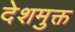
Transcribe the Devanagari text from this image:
देशमुक्त